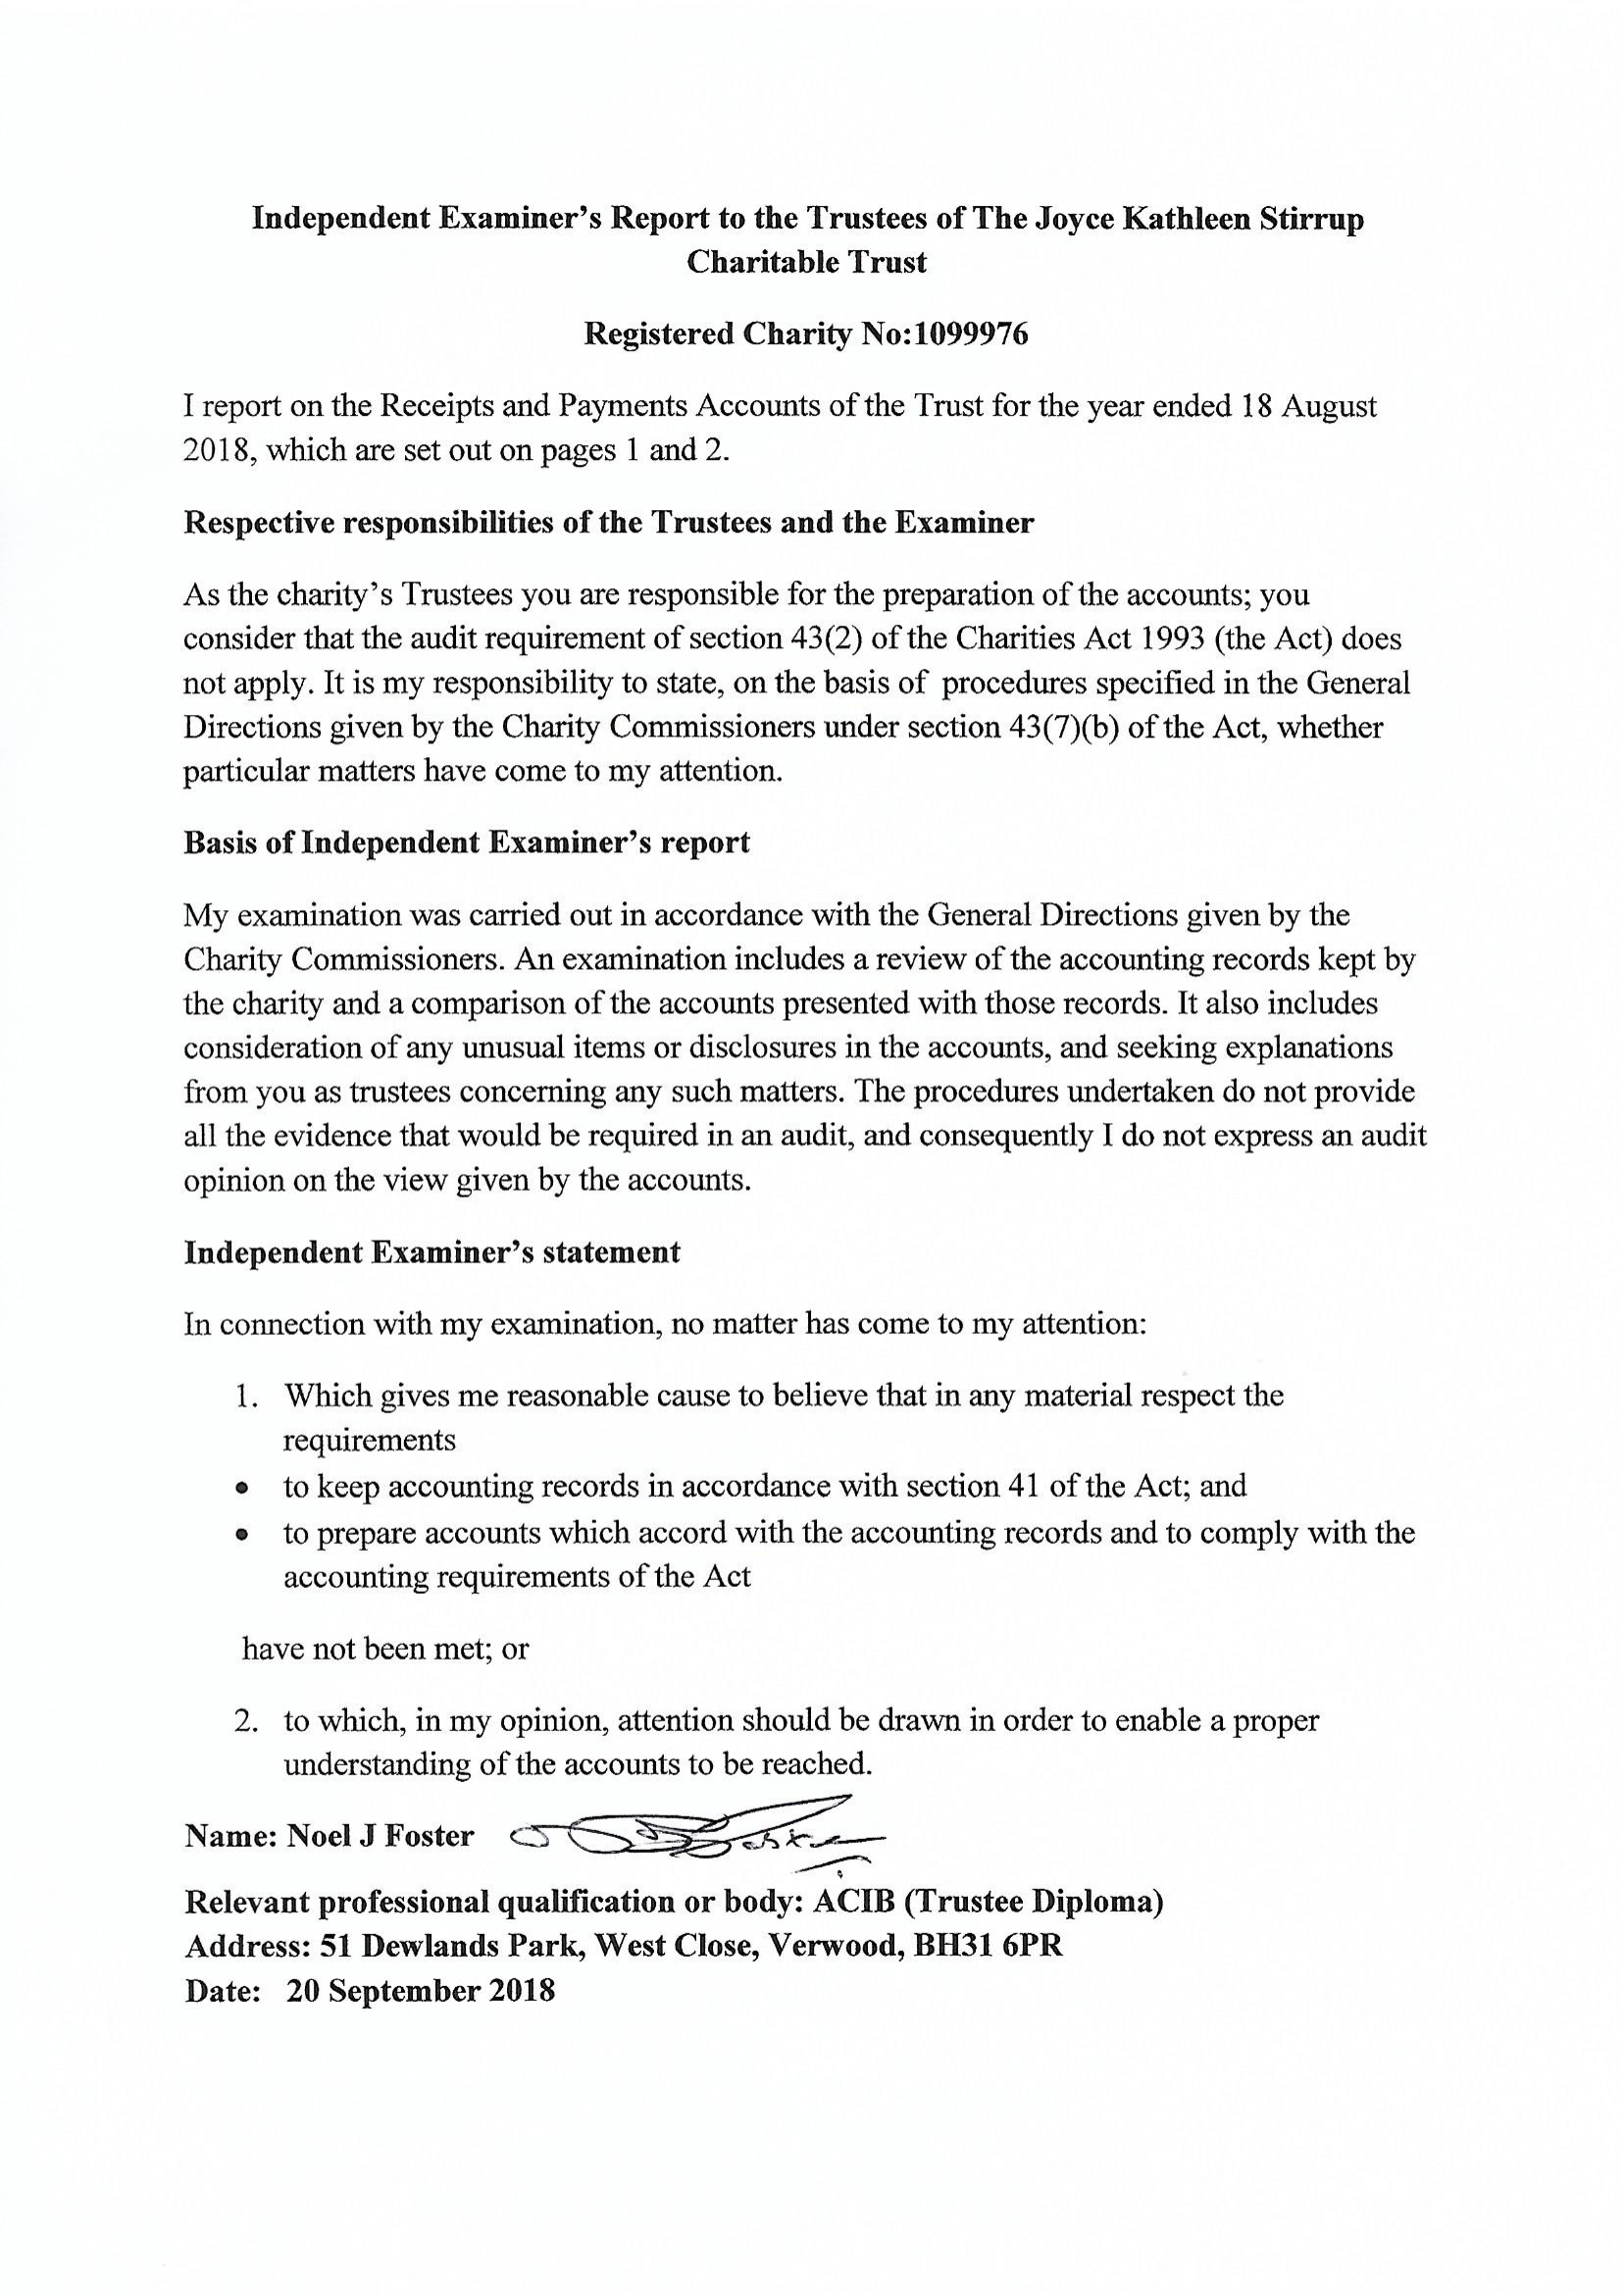
Independent Examiner’s Report to the Trustees of The Joyce Kathleen Stirrup
     Charitable Trust
     Registered Charity No:1099976
     I report on the Receipts and Payments Accounts of the Trust for the year ended 18 August
     2018, which are set out on pages 1 and 2.
     Respective responsibilities of the Trustees and the Examiner
     As the charity’s Trustees you are responsible for the preparation of the accounts; you
     consider that the audit requirement of section 43(2) of the Charities Act 1993 (the Act) does
     not apply. It is my responsibility to state, on the basis of procedures specified in the General
     Directions given by the Charity Commissioners under section 43(7)(b) of the Act, whether
     particular matters have come to my attention.
     Basis of Independent Examiner’s report
     My  examination was carried out in accordance with the General Directions given by the
     Charity Commissioners. An examination includes a review of the accounting records kept by
     the charity and a comparison of the accounts presented with those records. It also includes
     consideration of any unusual items or disclosures in the accounts, and seeking explanations
     from you as trustees concerning any such matters. The procedures undertaken do not provide
     all the evidence that would be required in an audit, and consequently I do not express an audit
     opinion on the view given by the accounts.
     Independent Examiner’s statement
     In connection with my examination, no matter has come to my attention:
     1. Which gives me reasonable cause to believe that in any material respect the
     requirements
     e  to keep accounting records in accordance with section 41 of the Act; and
     e  to prepare accounts which accord with the accounting records and to comply with the
     accounting requirements of the Act
     have not been met; or
     2. to which, in my opinion, attention should be drawn in order to enable a proper
     understanding of the accounts to be reached.
     Name: Noel J Foster  m
     s
     Relevant professional qualification or body: ACIB (Trustee Diploma)
     Address: 51 Dewlands Park, West Close, Verwood, BH31 6PR
     Date: 20 September 2018